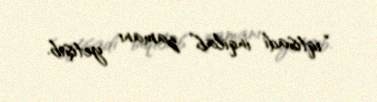
“iqtisadi inqilab” zamanı yetişib.